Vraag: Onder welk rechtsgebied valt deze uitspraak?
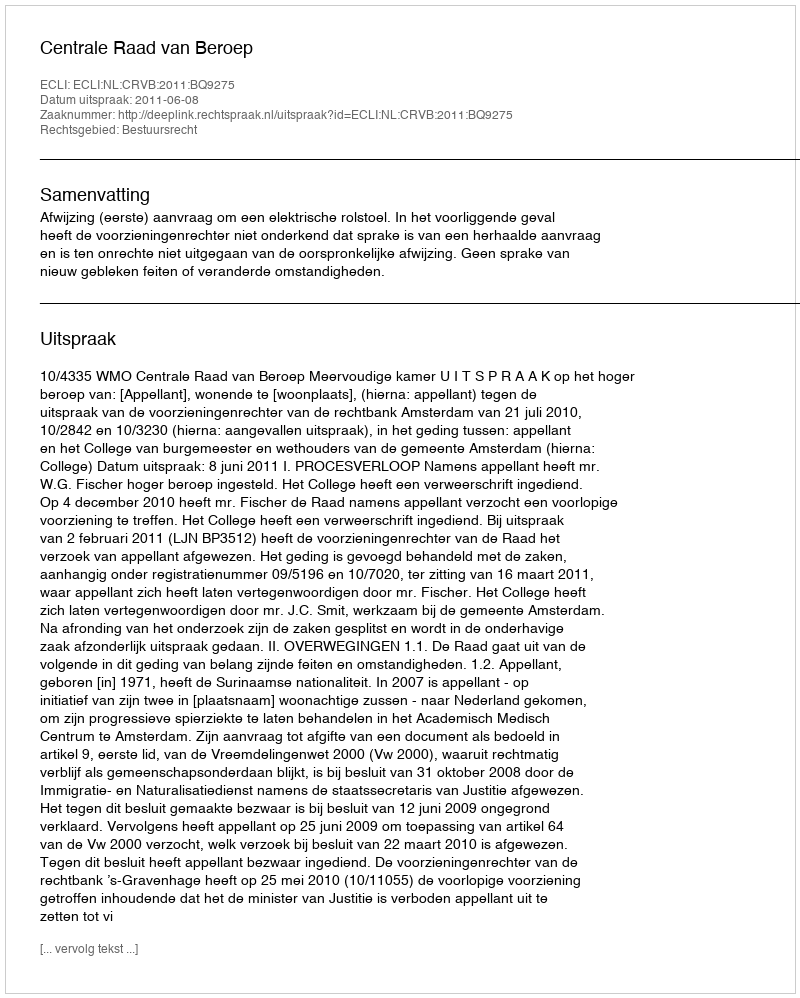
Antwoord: Bestuursrecht